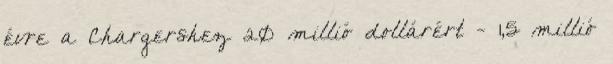
évre a Chargershez 20 millió dollárért - 1,5 millió